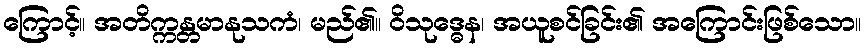
ကြောင့်။ အတိက္ကန္တမာနုသကံ၊ မည်၏။ ဝိသုဒ္ဓေန၊ အယူစင်ခြင်း၏ အကြောင်းဖြစ်သော။